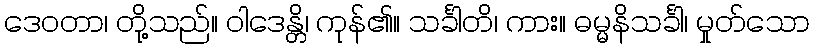
ဒေဝတာ၊ တို့သည်။ ဝါဒေန္တိ၊ ကုန်၏။ သင်္ခါတိ၊ ကား။ ဓမ္မနိသင်္ခါ၊ မှုတ်သော